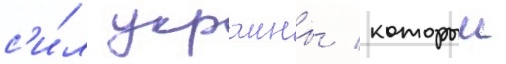
с'и́л украины / которыи